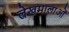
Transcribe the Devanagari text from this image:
लेखमालाओं